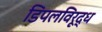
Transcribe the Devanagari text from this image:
डिंपलविरूद्ध